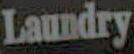
Laundry